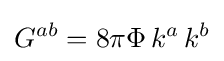
G^{ab}=8\pi \Phi \,k^{a}\,k^{b}